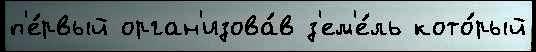
п'е́рвый орган'изова́в з'ем'е́ль кото́рый